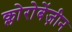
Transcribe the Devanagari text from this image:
क्लोरोबेंज़ीन